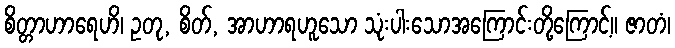
စိတ္တာဟာရေဟိ၊ ဥတု, စိတ်, အာဟာရဟူသော သုံးပါးသောအကြောင်းတို့ကြောင့်။ ဇာတံ၊